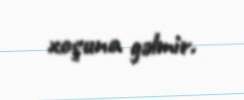
xoşuna gəlmir.